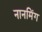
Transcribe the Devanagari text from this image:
नानमिंग